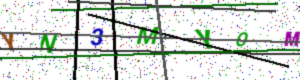
Text: YN3MYOM